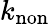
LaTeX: k_{\mathrm{non}}